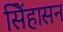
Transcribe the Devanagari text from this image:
सिेंहासन